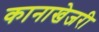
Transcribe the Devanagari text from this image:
कानाखेजरी